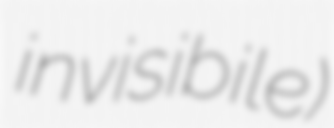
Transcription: invisibile)